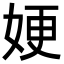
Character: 㛐